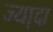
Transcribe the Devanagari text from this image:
ज्या़दा